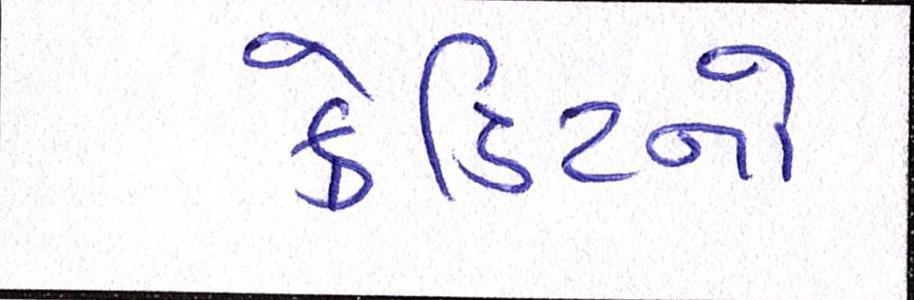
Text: ક્રેડિટનો